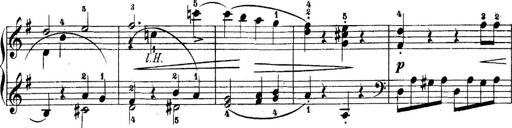
Title: 5 Sonatinas
Composer: Theodor Kirchner